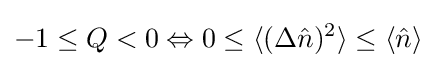
-1\leq Q<0\Leftrightarrow 0\leq \langle (\Delta {\hat {n}})^{2}\rangle \leq \langle {\hat {n}}\rangle